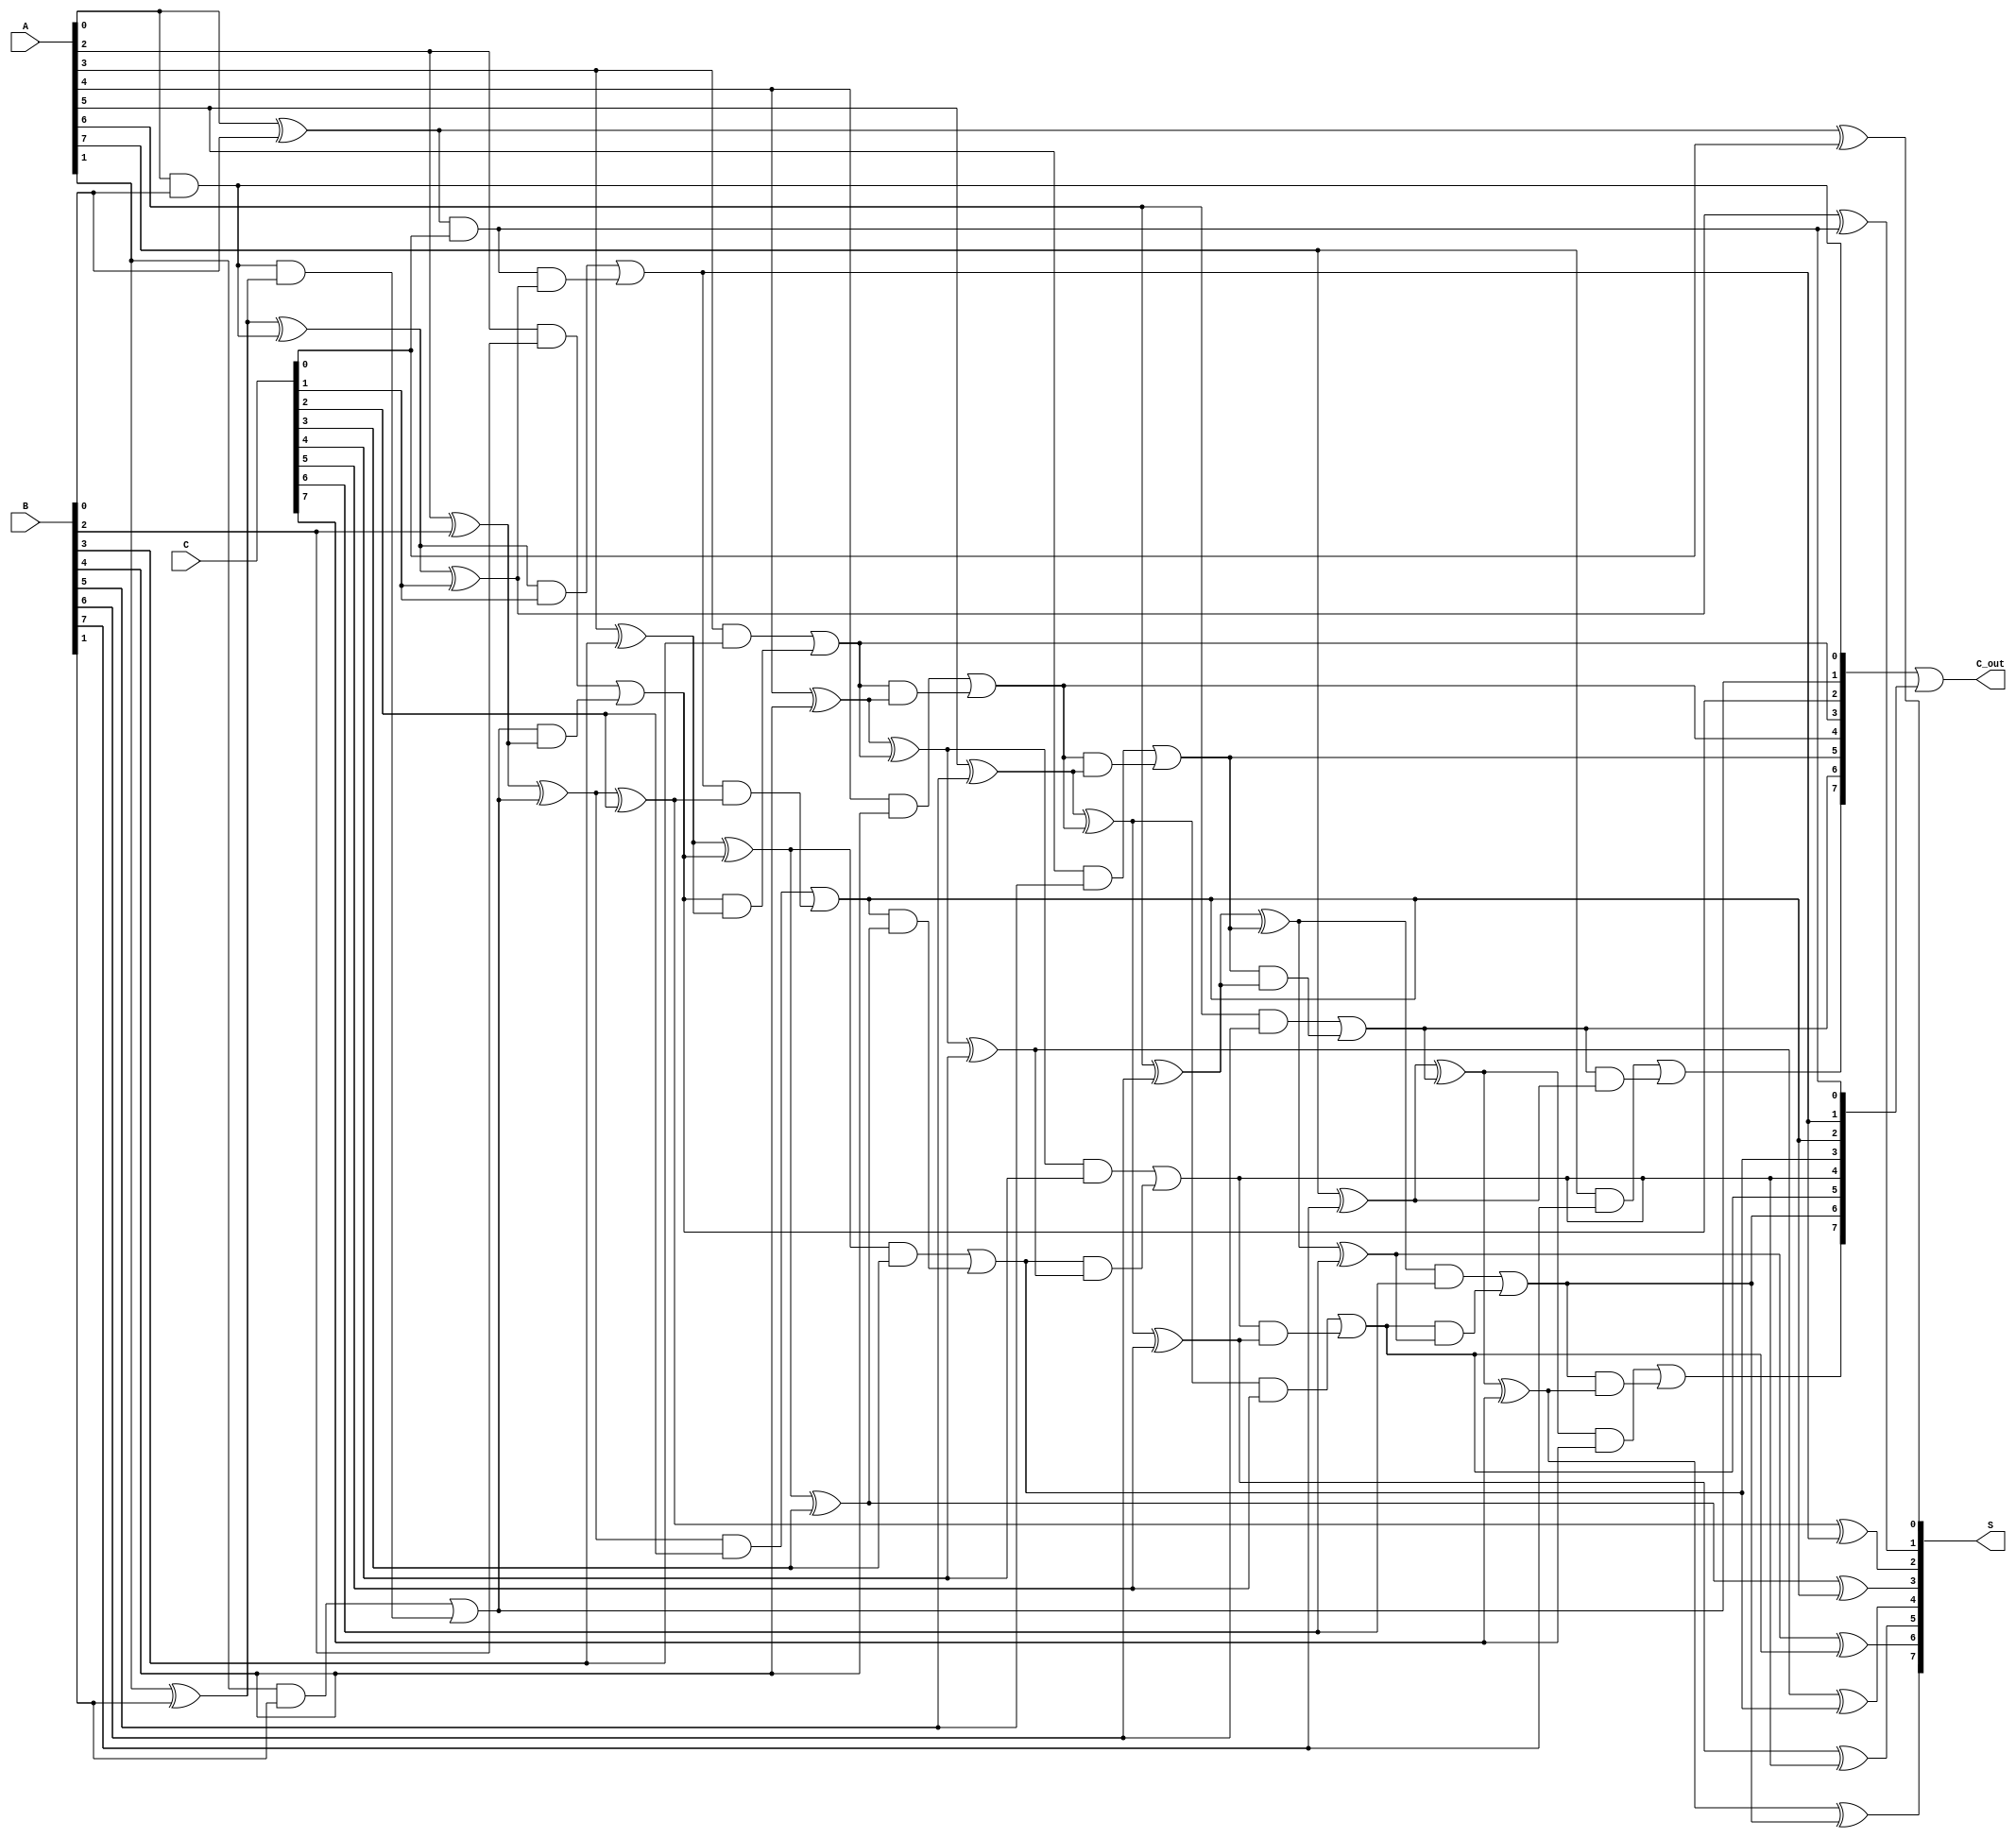
module CarrySaveAdder #(parameter N = 8) (
    input  [N-1:0] A,  // First operand
    input  [N-1:0] B,  // Second operand
    input  [N-1:0] C,  // Third operand
    output [N-1:0] S,  // Sum output
    output [N-1:0] C_out // Carry output
);

    // Intermediate sums and carries
    wire [N-1:0] S1, C1; // First stage outputs
    wire [N-1:0] S2, C2; // Second stage outputs

    // Full adder for the first stage
    genvar i;
    generate
        for (i = 0; i < N; i = i + 1) begin : FA_stage1
            if (i == 0) begin
                // First full adder takes A[i], B[i], and 1'b0 (no carry)
                assign S1[i] = A[i] ^ B[i];
                assign C1[i] = (A[i] & B[i]);
            end else begin
                // Subsequent full adders take A[i], B[i], and carry from previous stage
                assign S1[i] = A[i] ^ B[i] ^ C1[i-1];
                assign C1[i] = (A[i] & B[i]) | (C1[i-1] & (A[i] ^ B[i]));
            end
        end
    endgenerate

    // Full adder for the second stage
    generate
        for (i = 0; i < N; i = i + 1) begin : FA_stage2
            if (i == 0) begin
                // First full adder takes S1[i], C[i], and C[i]
                assign S2[i] = S1[i] ^ C[i];
                assign C2[i] = (S1[i] & C[i]);
            end else begin
                // Subsequent full adders take S1[i], C[i], and carry from previous stage
                assign S2[i] = S1[i] ^ C[i] ^ C2[i-1];
                assign C2[i] = (S1[i] & C[i]) | (C2[i-1] & (S1[i] ^ C[i]));
            end
        end
    endgenerate

    // Final output stage
    assign S = S2;
    assign C_out = C1 | C2; // Combine carry outputs

endmodule